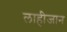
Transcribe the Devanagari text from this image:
लाहीजान